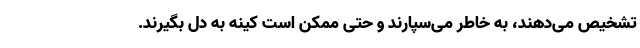
تشخیص می‌دهند، به خاطر می‌سپارند و حتی ممکن است کینه به دل بگیرند.